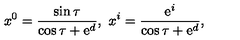
x ^ { 0 } = \frac { \sin \tau } { \cos \tau + \mathrm { e } ^ { d } } , \ x ^ { i } = \frac { \mathrm { e } ^ { i } } { \cos \tau + \mathrm { e } ^ { d } } ,